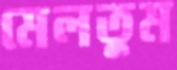
মেলতুম